Scottish Leaving Certificate Examination, 1959
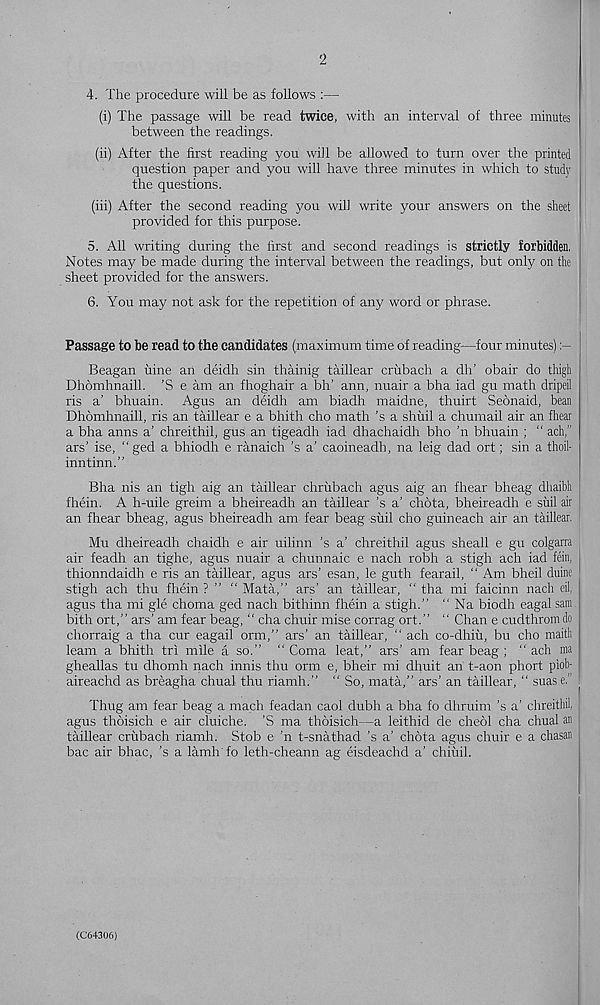
2
4. The procedure will be as follows :—
(i) The passage will be read twice, with an interval of three minutes
between the readings.
(ii) After the first reading you will be allowed to turn over the printed
question paper and you will have three minutes in which to study
the questions.
(iii) After the second reading you will write your answers on the sheet
provided for this purpose.
5. All writing during the first and second readings is strictly forbidden,
Notes may be made during the interval between the readings, but only on the
sheet provided for the answers.
6. You may not ask for the repetition of any word or phrase.
Passage to be read to the candidates (maximum time of reading—four minutes)
Beagan iiine an deidh sin thainig taillear crixbach a dh’ obair do thigh
Dhomhnaill. ’S e am an fhoghair a blT ann, nuair a bha iad gu math dripeil
ris a’ bhuain. Agus an deidh am biadh maidne, thuirt Seonaid, bean
Dhomhnaill, ris an taillear e a bhith cho math ’s a shuil a chumail air an fhear
a bha anns a’ chreithil, gus an tigeadh iad dhachaidh bho ’n bhuain ; “ ach, r
ars’ ise, “ged a bhiodh e ranaich’s a’ caoineadh, na leig dad ort; sin a thoil-
inntinn.”
Bha nis an tigh aig an taillear chrubach agus aig an fhear bheag dhaibh
fhein. A h-uile greim a bheireadh an taillear’s a’ chota, bheireadh e sail air
an fhear bheag, agus bheireadh am fear beag siiil cho guineach air an taillear.
Mu dheireadh chaidh e air uilinn ’s a’ chreithil agus sheall e gu colgarra
air feadh an tighe, agus nuair a chunnaic e nach robh a stigh ach iad fein,
thionndaidh e ris an taillear, agus ars’ esan, le guth fearail, “ Am bheil duine
stigh ach thu fhein ? ” “ Mata,” ars’ an taillear, “ tha mi faicinn nach eil,
agus tha mi gle choma ged nach bithinn fhein a stigh.” " Na biodh eagal sam.
bith ort,” ars’ am fear beag, “ cha chuir mise corrag ort.” “ Chan e cudthrom do
chorraig a tha cur eagail orm,” ars’ an taillear, “ ach co-dhiu, bu cho maith
leam a bhith tri mile a so.” " Coma leat,” ars’ am fear beag ; “ ach ma
gheallas tu dhomh nach innis thu orm e, bheir mi dhuit an t-aon phort piob-
aireachd as breagha chual thu riamh.” " So, mata,” ars’ an taillear, “ suas e.’
Thug am fear beag a mach feadan caol dubh a bha fo dhruim’s a’ chreithil
agus thoisich e air cluiche. ’S ma thoisich—a leithid de cheol cha chual an
taillear crubach riamh. Stob e ’n t-snathad’s a’ chota agus chuir e a chasan
bac air bhac, ’s a lamh fo leth-cheann ag eisdeachd a’ chiuil.
(CG4306)